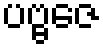
ပဗ္ဗဇေ